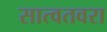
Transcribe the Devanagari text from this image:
सात्वतवरा